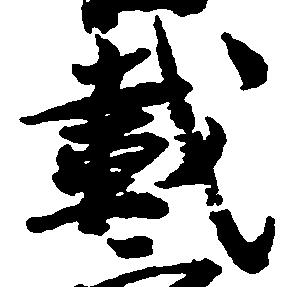
載